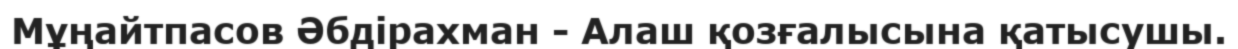
Мұңайтпасов Әбдірахман - Алаш қозғалысына қатысушы.